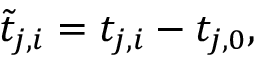
\tilde { t } _ { j , i } = t _ { j , i } - t _ { j , 0 } ,